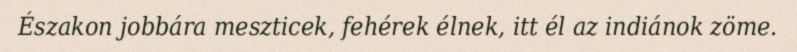
Északon jobbára meszticek, fehérek élnek, itt él az indiánok zöme.